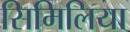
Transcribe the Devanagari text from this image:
सिमिलिया